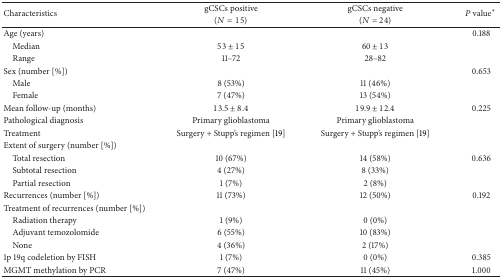
<table><thead><tr><td rowspan="2"><b>Characteristics</b></td><td><b>gCSCs positive</b></td><td><b>gCSCs negative</b></td><td rowspan="2"><b><i>P</i> value<sup>*</sup></b></td></tr><tr><td><b>(<i>N</i> = 15)</b></td><td><b>(<i>N</i> = 24)</b></td></tr></thead><tbody><tr><td>Age (years)</td><td> </td><td> </td><td>0.188</td></tr><tr><td> Median</td><td>53 ± 15</td><td>60 ± 13</td><td> </td></tr><tr><td> Range</td><td>11–72</td><td>28–82</td><td> </td></tr><tr><td>Sex (number [%])</td><td> </td><td> </td><td>0.653</td></tr><tr><td> Male</td><td>8 (53%)</td><td>11 (46%)</td><td> </td></tr><tr><td> Female</td><td>7 (47%)</td><td>13 (54%)</td><td> </td></tr><tr><td>Mean follow-up (months)</td><td>13.5 ± 8.4</td><td>19.9 ± 12.4</td><td>0.225</td></tr><tr><td>Pathological diagnosis </td><td>Primary glioblastoma</td><td>Primary glioblastoma</td><td> </td></tr><tr><td>Treatment</td><td>Surgery + Stupp&#x27;s regimen [19]</td><td>Surgery + Stupp&#x27;s regimen [19]</td><td> </td></tr><tr><td>Extent of surgery (number [%])</td><td> </td><td> </td><td> </td></tr><tr><td> Total resection</td><td>10 (67%)</td><td>14 (58%)</td><td>0.636</td></tr><tr><td> Subtotal resection </td><td>4 (27%)</td><td>8 (33%)</td><td> </td></tr><tr><td> Partial resection</td><td>1 (7%)</td><td>2 (8%)</td><td> </td></tr><tr><td>Recurrences (number [%])</td><td>11 (73%)</td><td>12 (50%)</td><td>0.192</td></tr><tr><td>Treatment of recurrences (number [%])</td><td> </td><td> </td><td> </td></tr><tr><td> Radiation therapy</td><td>1 (9%)</td><td>0 (0%)</td><td> </td></tr><tr><td> Adjuvant temozolomide</td><td>6 (55%)</td><td>10 (83%)</td><td> </td></tr><tr><td> None</td><td>4 (36%)</td><td>2 (17%)</td><td> </td></tr><tr><td>1p 19q codeletion by FISH</td><td>1 (7%)</td><td>0 (0%)</td><td>0.385</td></tr><tr><td>MGMT methylation by PCR </td><td>7 (47%)</td><td>11 (45%)</td><td>1.000</td></tr></tbody></table>